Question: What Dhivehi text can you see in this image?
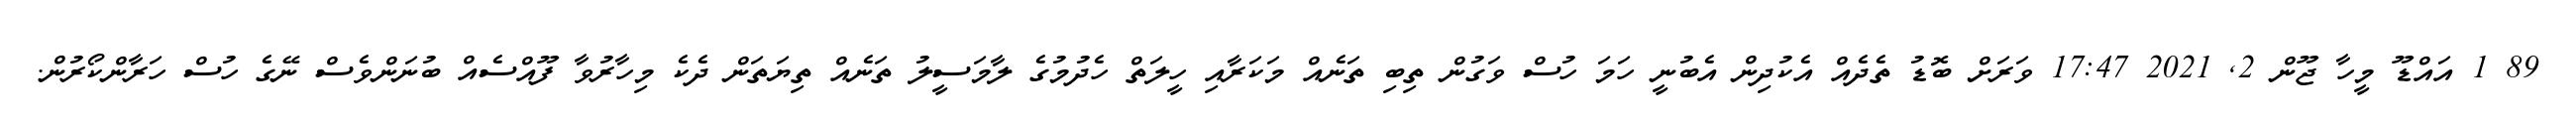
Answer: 89 1 އައްޑޫ މީހާ ޖޫން 2, 2021 17:47 ވަރަށް ބޮޑު ތެދެއް އެކުދިން އެބުނީ ހަމަ ހުސް ވަގުން ތިބި ތަނެއް މަކަރާއި ހީލަތް ހެދުމުގެ ލާމަސީލު ތަނެއް ތިޔަތަން ދެކެ މިހާރުވާ ފޫއްސެއް ބުނަންވެސް ނޭގެ ހުސް ހަރާންކޯރުން.